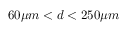
6 0 \mu m < d < 2 5 0 \mu m